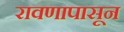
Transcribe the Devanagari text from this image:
रावणापासून